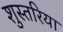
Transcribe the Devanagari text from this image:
शुस्तरिया